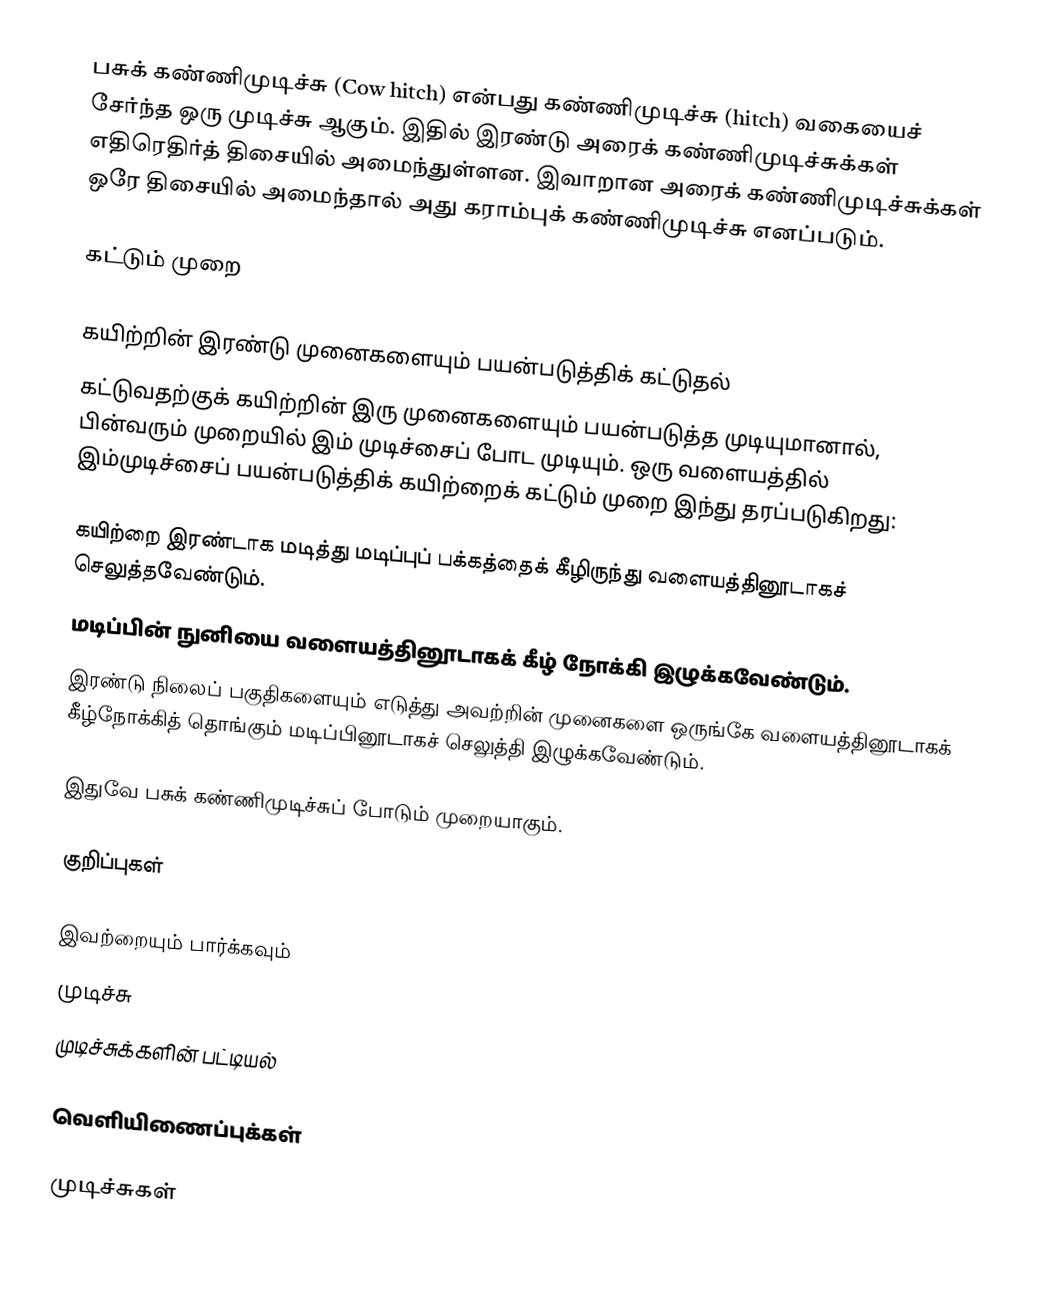
பசுக் கண்ணிமுடிச்சு (Cow hitch) என்பது கண்ணிமுடிச்சு (hitch) வகையைச் சேர்ந்த ஒரு முடிச்சு ஆகும். இதில் இரண்டு அரைக் கண்ணிமுடிச்சுக்கள் எதிரெதிர்த் திசையில் அமைந்துள்ளன. இவாறான அரைக் கண்ணிமுடிச்சுக்கள் ஒரே திசையில் அமைந்தால் அது கராம்புக் கண்ணிமுடிச்சு எனப்படும்.

கட்டும் முறை

கயிற்றின் இரண்டு முனைகளையும் பயன்படுத்திக் கட்டுதல்
கட்டுவதற்குக் கயிற்றின் இரு முனைகளையும் பயன்படுத்த முடியுமானால், பின்வரும் முறையில் இம் முடிச்சைப் போட முடியும். ஒரு வளையத்தில் இம்முடிச்சைப் பயன்படுத்திக் கயிற்றைக் கட்டும் முறை இந்து தரப்படுகிறது:

 கயிற்றை இரண்டாக மடித்து மடிப்புப் பக்கத்தைக் கீழிருந்து வளையத்தினூடாகச் செலுத்தவேண்டும்.
 மடிப்பின் நுனியை வளையத்தினூடாகக் கீழ் நோக்கி இழுக்கவேண்டும்.
 இரண்டு நிலைப் பகுதிகளையும் எடுத்து அவற்றின் முனைகளை ஒருங்கே வளையத்தினூடாகக் கீழ்நோக்கித் தொங்கும் மடிப்பினூடாகச் செலுத்தி இழுக்கவேண்டும்.

இதுவே பசுக் கண்ணிமுடிச்சுப் போடும் முறையாகும்.

குறிப்புகள்

இவற்றையும் பார்க்கவும்
 முடிச்சு
 முடிச்சுக்களின் பட்டியல்

வெளியிணைப்புக்கள்

முடிச்சுகள்